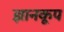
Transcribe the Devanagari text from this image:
ज्ञानकूप